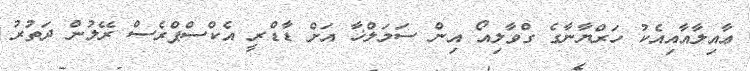
ޢާއިލާއާއިއެކު ހަރްޔާނާގެ ގްވާލިއޯ އިން ސަމަލްޚާ އަށް ޑާޑްރީ އެކްސްޕްރެސް ރޭލުން ދަތުރު